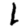
Digit: 1